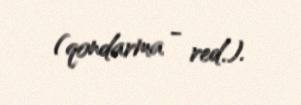
(qondarma - red.).